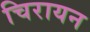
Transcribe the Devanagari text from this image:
चिरायन